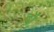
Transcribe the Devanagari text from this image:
दॉ